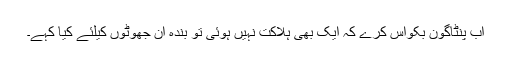
اب پنٹاگون بکواس کرے کہ ایک بھی ہلاکت نہیں ہوئی تو بندہ اِن جھوٹوں کیلئے کیا کہے۔